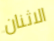
الاثنان